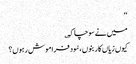
‘‘
میں نے سوچا کہ ؎
کیوں زیاں کار بنوں ،سُود فراموش رہوں؟